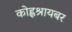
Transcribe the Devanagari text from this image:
कोह्लश्रायबर